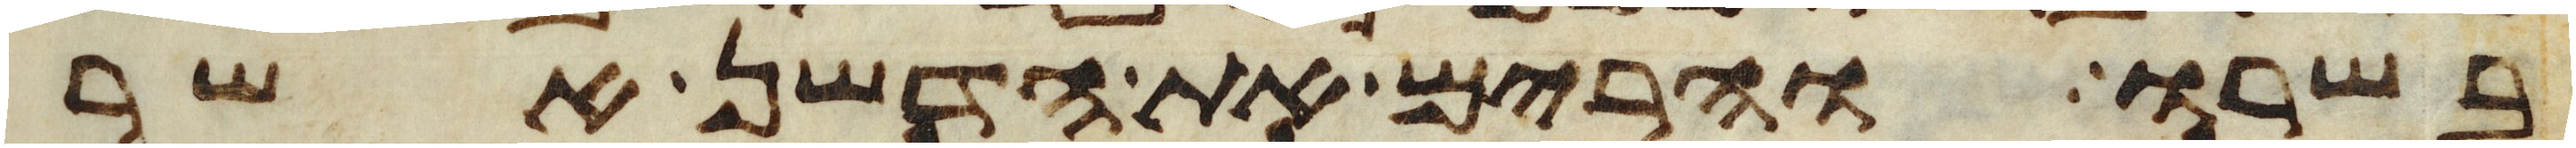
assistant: בשרו והרים את הדשן אשר